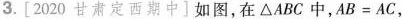
3. [2020甘肃定西期中]如图，在△ABC中，$$A B = A C$$，